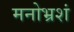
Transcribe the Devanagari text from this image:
मनोभ्रशं